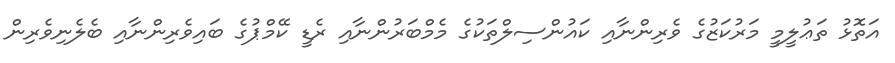
އަތޮޅު ތަޢުލީމީ މަރުކަޒުގެ ވެރިންނާއި ކައުންސިލްތަކުގެ މެމްބަރުންނާއި ރެޑީ ކޭމްޕުގެ ބައިވެރިންނާއި ބެލެނިވެރިން